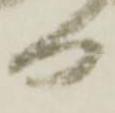
日